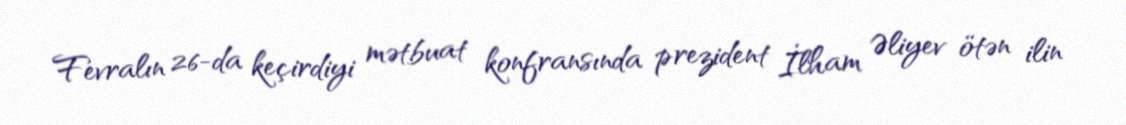
Fevralın 26-da keçirdiyi mətbuat konfransında prezident İlham Əliyev ötən ilin